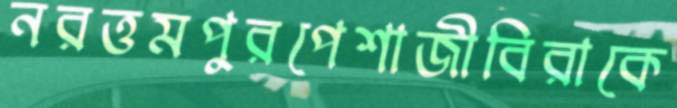
নরত্তমপুরপেশাজীবিরাকে